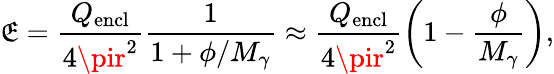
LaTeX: \mathfrak{E}=\frac{{Q_{\mathrm{{encl}}}}}{{4\pir^{2}}}\frac{{1}}{{1+\phi/M_{\gamma}}}\approx\frac{{Q_{\mathrm{{encl}}}}}{{4\pir^{2}}}\left(1-\frac{{\phi}}{{M_{\gamma}}}\right),